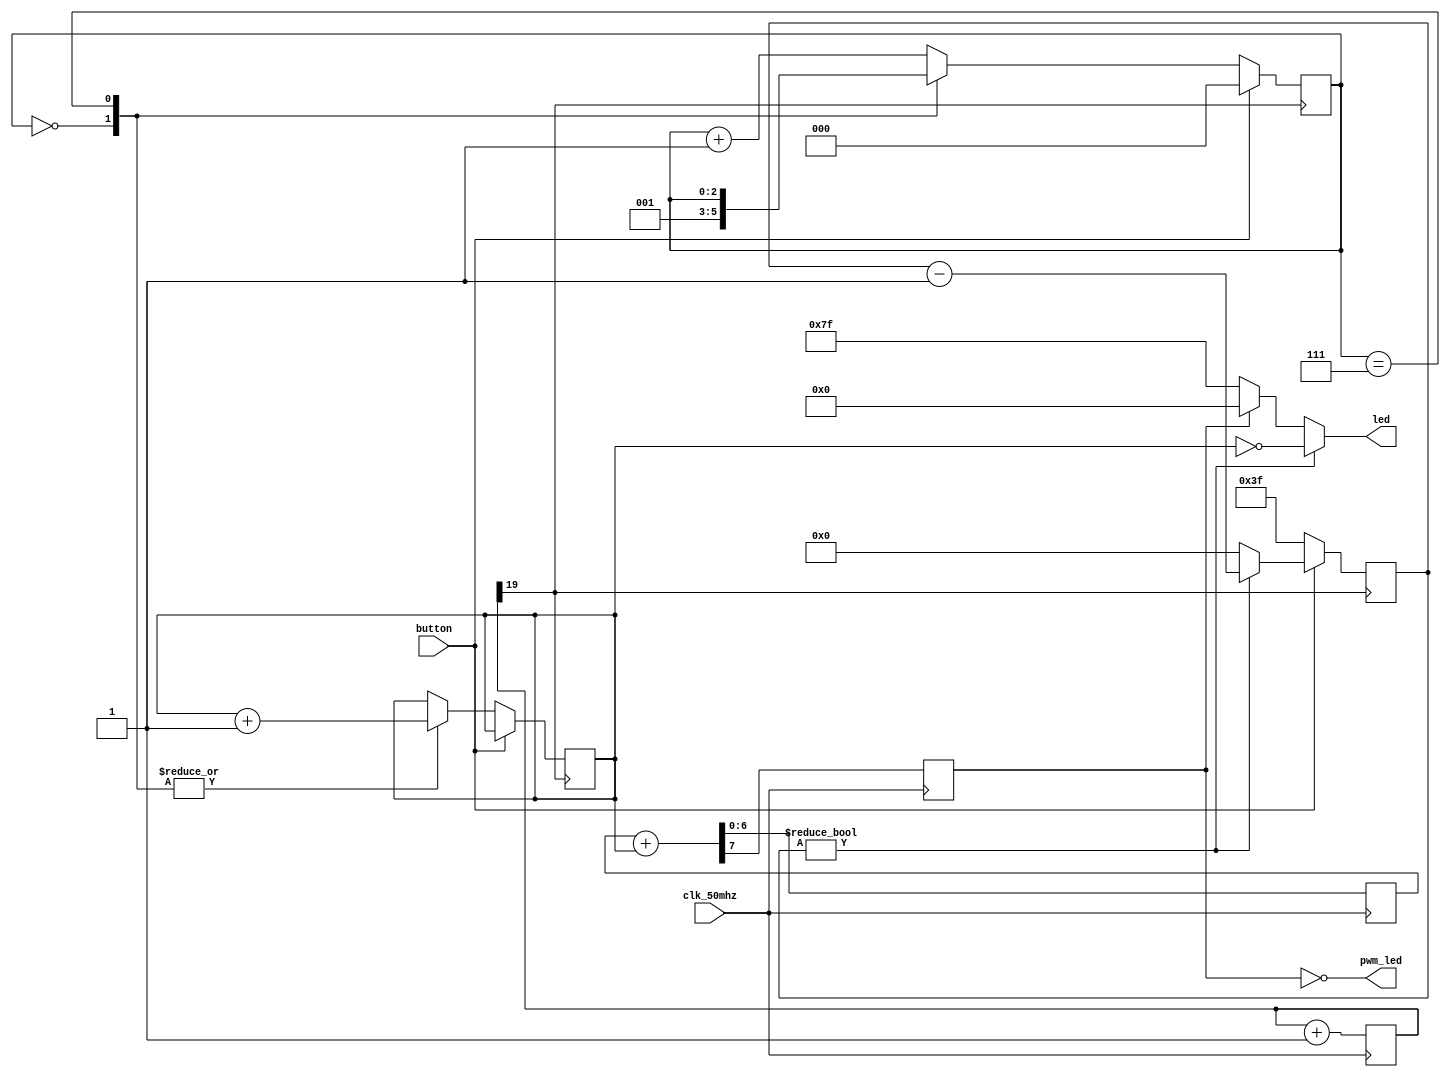
module blinky (button, clk_50mhz, led, pwm_led);
   input button;
   input clk_50mhz;
   output [6:0] led;
	output pwm_led;
   reg [6:0] count;
	reg [6:0] pwm_count;
   reg [19:0] 	div;
   reg [2:0] 	hold;
	reg [5:0] display_timer;
	reg carry;
   wire 	clk_slow;

   // NOTE: button and LEDs are inverted
   //   i.e. button depressed => 0, LED on => 0

   assign led = display_timer != 6'b0 ? ~count : (carry ? 6'b0 : ~6'b0);
	assign pwm_led = ~carry;

   // button counter with debouncing logic
   // holding the button causes the counter
   // to automatically increment
   always @ (posedge clk_slow)
     begin
	if(~button)
	  case(hold)
	    0: begin
	       count <= count + 7'b1;
	       hold <= 1;
	    end
	    7: count <= count + 7'b1;
	    default: hold <= hold + 3'b1;
	  endcase
	else hold <= 3'b0;
     end
	  
	always @ (posedge clk_slow)
	begin
		if(~button) display_timer <= ~6'b0;
		else if(display_timer) display_timer = display_timer - 6'b1;
		else display_timer <= 6'b0;
	end

   // clock divider
   always @ (posedge clk_50mhz)
     begin
	div <= div + 20'b1;
     end

	always @ (posedge clk_50mhz)
	begin
		{carry, pwm_count} <= pwm_count + count;
	end
	  
   assign clk_slow = div[19];

endmodule